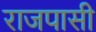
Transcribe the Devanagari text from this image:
राजपासी